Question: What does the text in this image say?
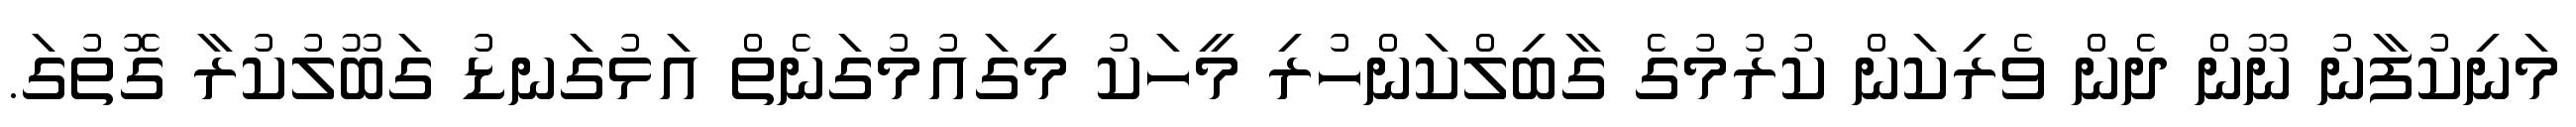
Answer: މަނިކުފާނު ނޫން ދެން ވެރިކަން ކުރުމުގެ ގާބިލްކަންހުރި މީހަކު މިގައުމުގަނެތް އަޅުގަނޑު ގަބޫލުކުރާ ގޮތުގަ.